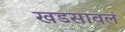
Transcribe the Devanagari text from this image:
खडसावलं